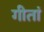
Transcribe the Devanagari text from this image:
गीतां